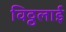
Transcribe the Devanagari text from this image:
विठ्ठलाई